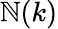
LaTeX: \mathbb{N}(k)